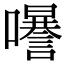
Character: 𡄗